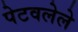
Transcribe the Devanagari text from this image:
पेटवलेले